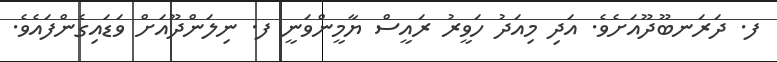
ފ. ދަރަނބޫދޫއަށެވެ. އަދި މިއަދު ހަވީރު ރައީސް ޔާމީންވަނީ ފ. ނިލަންދޫއަށް ވަޑައިގެންފައެވެ.